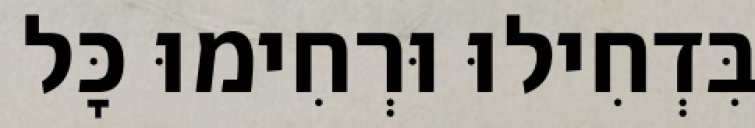
בִּדְחִילוּ וּרְחִימוּ כׇּל